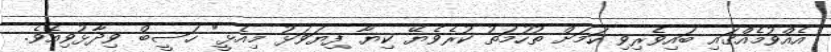
އެއްވުމެއްގައި ބައިވެރިވި ކަމަށް ތުހުމަތު ކުރެވެޔޭ ކިޔާ ފިޔަވަޅު މިއެޅީ" ހަސީބް ވިދާޅުވިއެވެ.